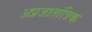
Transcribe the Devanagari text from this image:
अप्रजातांत्रिक